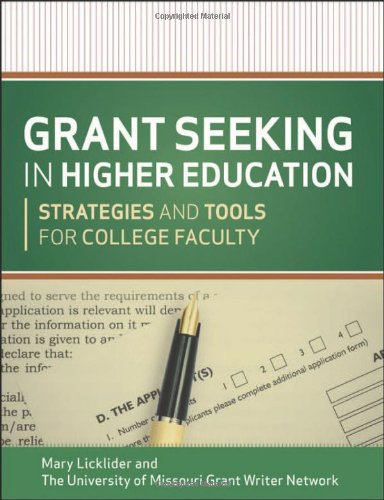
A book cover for Grant Seeking in Higher Education: Strategies and Tools for College Faculty; Mary M. Licklider; Education & Teaching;